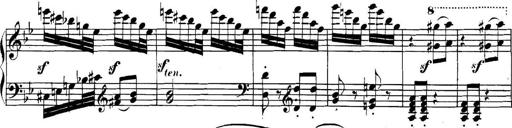
Title: Collected Piano Sonatas
Composer: Muzio Clementi